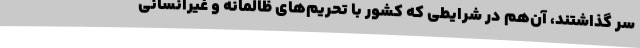
سر گذاشتند، آن‌هم در شرایطی که کشور با تحریم‌های ظالمانه و غیرانسانی